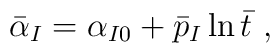
\bar\alpha_I = \alpha_{I0} + \bar{p}_I \ln \bar{t} \ ,